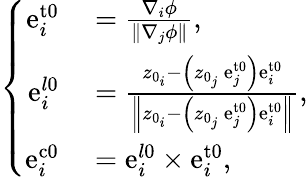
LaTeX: \left\{ \begin{array}{rl}{\mathrm{e}_{i}^{\mathrm{{t0}}}}&{{}=\frac{\nabla_{i}\phi}{\left\| \nabla_{j}\phi\right\| },}\\ {\mathrm{e}_{i}^{l\mathrm{{0}}}}&{{}=\frac{z_{0_{i}}-\left(z_{0_{j}}\ \mathrm{e}_{j}^{\mathrm{{t0}}}\right)\mathrm{e}_{i}^{\mathrm{{t0}}}}{\left\| z_{0_{i}}-\left(z_{0_{j}}\ \mathrm{e}_{j}^{\mathrm{{t0}}}\right)\mathrm{e}_{i}^{\mathrm{{t0}}}\right\| },}\\ {\mathrm{e}_{i}^{\mathrm{{c0}}}}&{{}=\mathrm{e}_{i}^{l\mathrm{{0}}}\times\mathrm{e}_{i}^{\mathrm{{t0}}},}\end{array}\right.